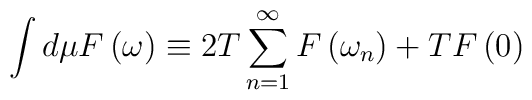
\int d\mu F\left( \omega\right)\equiv 2T\sum_{n=1}^{\infty}F\left(\omega_n\right)+ T F\left(0\right)